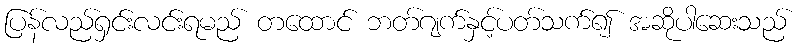
ပြန်လည်ရှင်းလင်းရမည် တထောင် ဘတ်ဂျက်နှင့်ပတ်သက်၍ အဆိုပါဆေးသည်